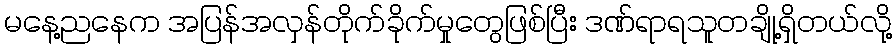
မနေ့ညနေက အပြန်အလှန်တိုက်ခိုက်မှုတွေဖြစ်ပြီး ဒဏ်ရာရသူတချို့ရှိတယ်လို့